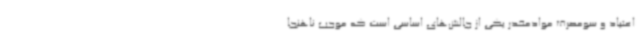
اعتیاد و سومصرف موادمخدر یکی از چالش‌های اساسی است که موجب ناهنجا